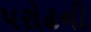
પરોઢની